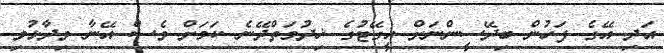
އަދި އޭގެ ފަހުން ބިދޭސީންނަށް އީގޭޓުގެ ޚިދުމަތްދޭނެ ކަމަށް ވެސް އޭނާ ވިދާޅުވި